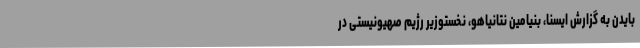
بایدن به گزارش ایسنا، بنیامین نتانیاهو، نخستوزیر رژیم صهیونیستی در